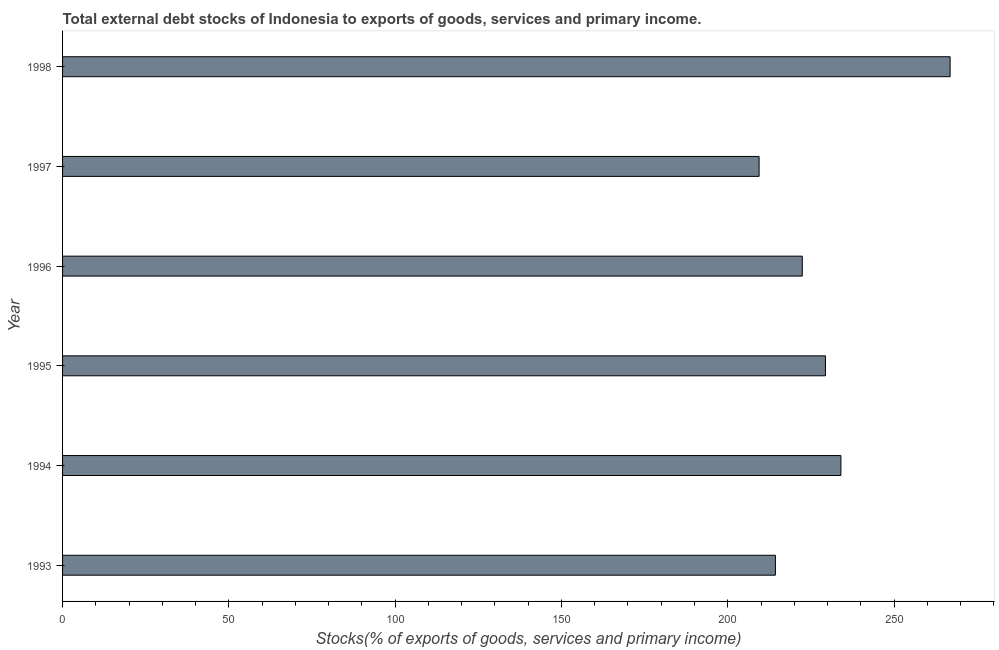
| Year | External debt stocks (% of exports of goods |
 | --- | --- |
 | 1993 | 214 |
 | 1994 | 234 |
 | 1995 | 229 |
 | 1996 | 222 |
 | 1997 | 209 |
 | 1998 | 267 |